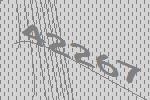
42267